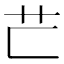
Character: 𦬀